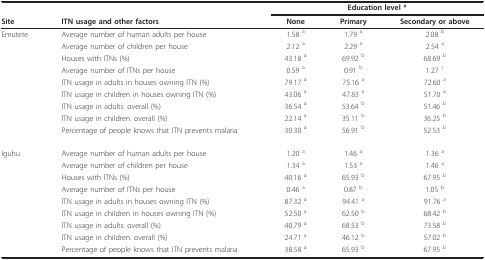
|  |  | <COLSPAN=3> Education level * |
 | Site | ITN usage and other factors | None | Primary | Secondary or above |
 | --- | --- | --- | --- | --- |
 | Emutete | Average number of human adults per house | 1.58 a | 1.79 a | 2.08 b |
 |  | Average number of children per house | 2.12 a | 2.29 a | 2.54 a |
 |  | Houses with ITNs (%) | 43.18 a | 69.92 b | 68.69 b |
 |  | Average number of ITNs per house | 0.59 a | 0.91 b | 1.27 c |
 |  | ITN usage in adults in houses owning ITN (%) | 79.17 a | 75.16 a | 72.60 a |
 |  | ITN usage in children in houses owning ITN (%) | 43.06 a | 47.83 a | 51.70 a |
 |  | ITN usage in adults: overall (%) | 36.54 a | 53.64 b | 51.46 b |
 |  | ITN usage in children: overall (%) | 22.14 a | 35.11 b | 36.25 b |
 |  | Percentage of people knows that ITN prevents malaria | 30.30 a | 56.91 b | 52.53 b |
 | Iguhu | Average number of human adults per house | 1.20 a | 1.46 a | 1.36 a |
 |  | Average number of children per house | 1.34 a | 1.53 a | 1.46 a |
 |  | Houses with ITNs (%) | 40.16 a | 65.93 b | 67.95 b |
 |  | Average number of ITNs per house | 0.46 a | 0.87 b | 1.05 b |
 |  | ITN usage in adults in houses owning ITN (%) | 87.32 a | 94.41 a | 91.76 a |
 |  | ITN usage in children in houses owning ITN (%) | 52.50 a | 62.50 b | 68.42 b |
 |  | ITN usage in adults: overall (%) | 40.79 a | 68.53 b | 73.58 b |
 |  | ITN usage in children: overall (%) | 24.71 a | 46.12 b | 57.02 b |
 |  | Percentage of people knows that ITN prevents malaria | 38.58 a | 65.93 b | 67.95 b |